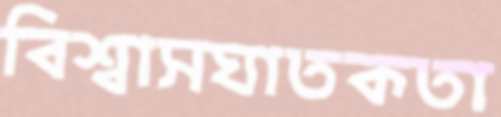
বিশ্বাসঘাতকতা